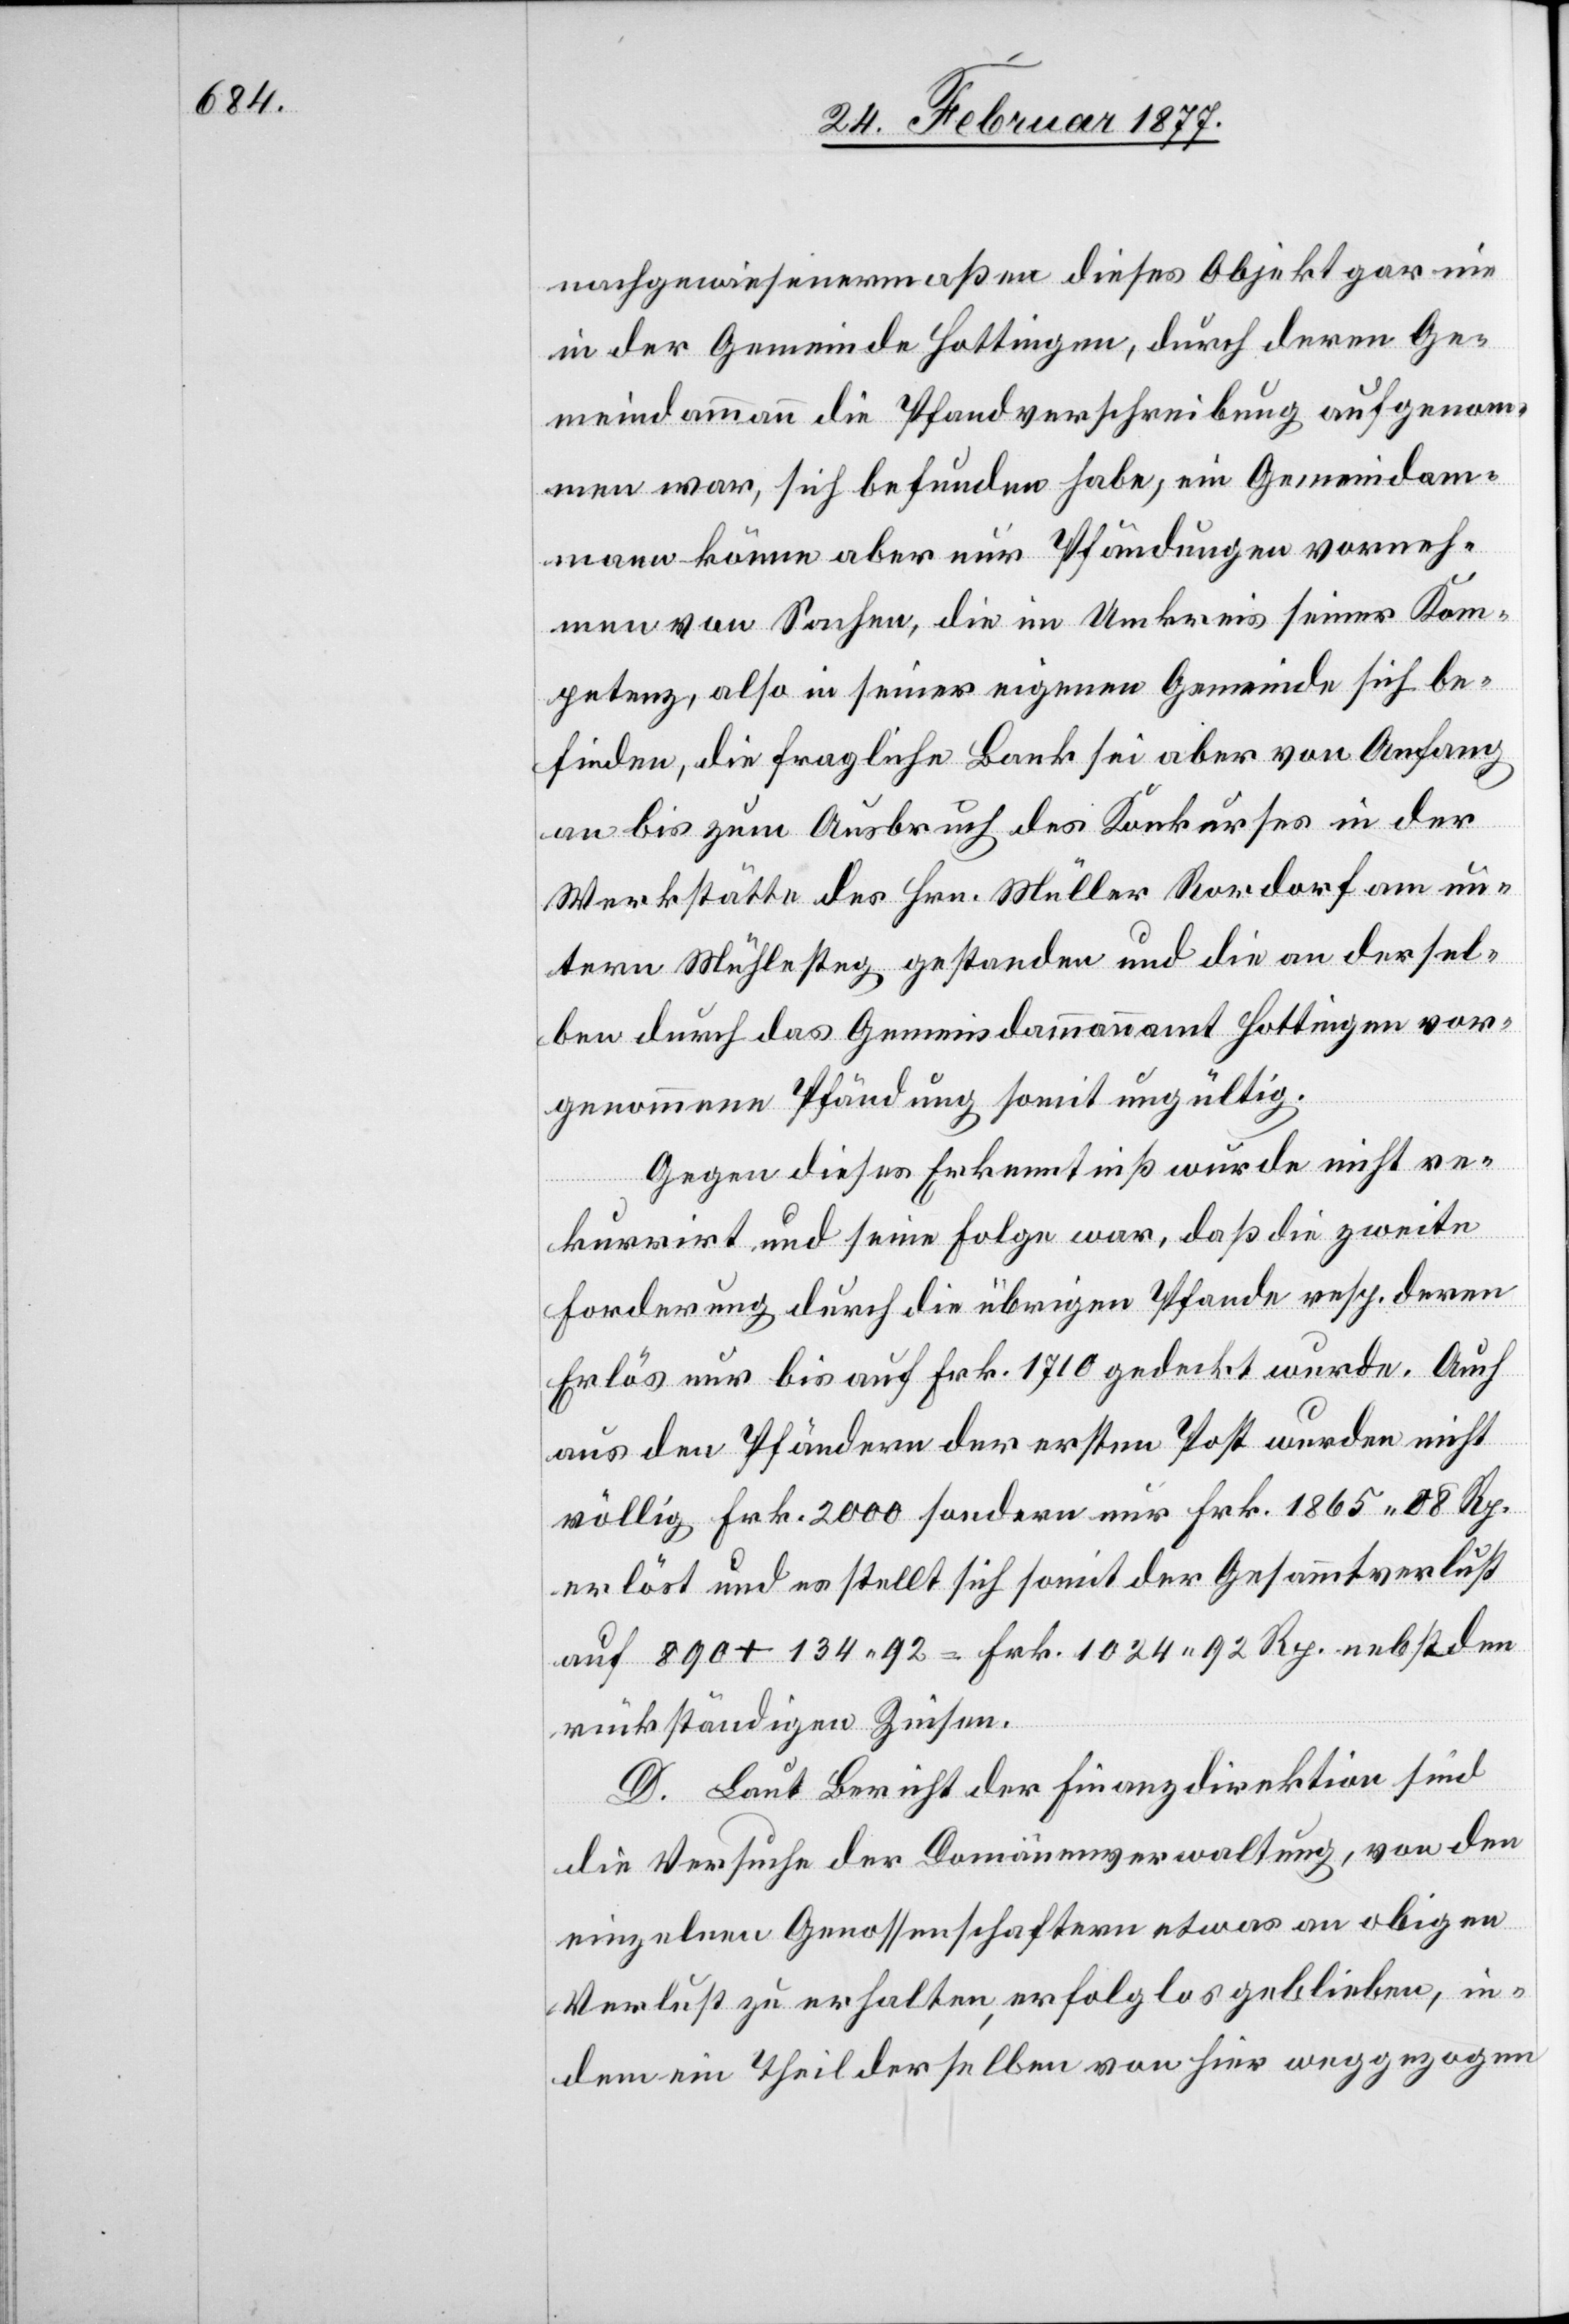
nachgewiesenermaßen dieses Objekt gar nie
in der Gemeinde Hottingen, durch deren Ge¬
meindammann die Pfandverschreibung aufgenom¬
men war, sich befunden habe, ein Gemeindam¬
mann könne aber nur Pfändungen vorneh¬
men von Sachen, die im Umkreis seiner Kom¬
petenz, also in seiner eigenen Gemeinde sich be¬
finden, die fragliche Bank sei aber von Anfang
an bis zum Ausbruch des Konkurses in der
Werkstätte des Hrn. Müller Rordorf am un¬
tern Mühlesteg gestanden und die an dersel¬
ben durch das Gemeindammannamt Hottingen vor¬
genommene Pfändung somit ungültig.
Gegen dieses Erkenntniß wurde nicht re¬
kurrirt und seine Folge war, daß die zweite
Forderung durch die übrigen Pfande resp. deren
Erlös nur bis auf Frk. 1710 gedeckt wurde. Auch
aus den Pfändern der ersten Post wurden nicht
völlig Frk. 2000 sondern nur Frk. 1865 08 Rp.
erlöst und es stellt sich somit der Gesammtverlust
auf 890 + 134 92 = Frk. 1024 92 Rp. nebst den
rückständigen Zinsen.
D. Laut Bericht der Finanzdirektion sind
die Versuche der Domänenverwaltung, von den
einzelnen Genossenschaftern etwas an obigen
Verlust zu erhalten, erfolglos geblieben, in¬
dem ein Theil derselben von hier weggezogen